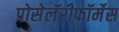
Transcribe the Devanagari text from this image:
प्रोसेलॅरीफॉर्मेस